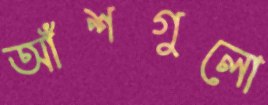
আঁশগুলো